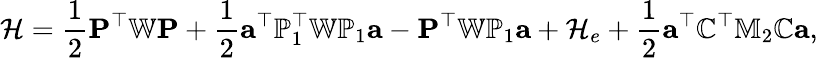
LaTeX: \mathcal{H}=\frac{{1}}{{2}}{\mathbf{P}}^{\top}\mathbb{{W}}{\mathbf{P}}+\frac{{1}}{{2}}{\mathbf{a}}^{\top}{\mathbb{P}}_{1}^{\top}\mathbb{{W}}{\mathbb{P}}_{1}{\mathbf{a}}-{\mathbf{P}}^{\top}\mathbb{{W}}\mathbb{{P}}_{1}{\mathbf{a}}+\mathcal{H}_{e}+\frac{{1}}{{2}}{\mathbf{a}}^{\top}{\mathbb{C}}^{\top}\mathbb{{M}}_{2}{\mathbb{C}}{\mathbf{a}},